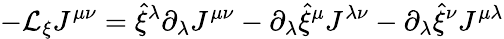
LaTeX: -{\cal L}_{\xi}J^{\mu\nu}=\hat{\xi}^{\lambda}\partial_{\lambda}J^{\mu\nu}-\partial_{\lambda}\hat{\xi}^{\mu}J^{\lambda\nu}-\partial_{\lambda}\hat{\xi}^{\nu}J^{\mu\lambda}